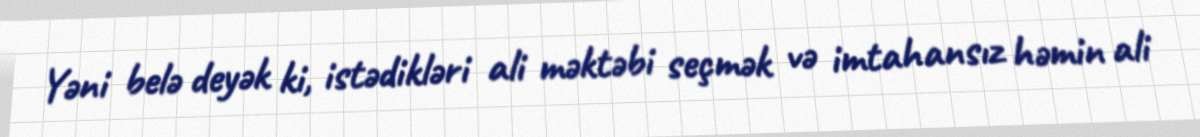
Yəni belə deyək ki, istədikləri ali məktəbi seçmək və imtahansız həmin ali